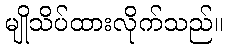
မျိုသိပ်ထားလိုက်သည်။